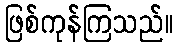
ဖြစ်ကုန်ကြသည်။